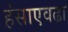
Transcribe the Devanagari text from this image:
हंसाएवढा